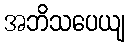
အဘိသပေယျ